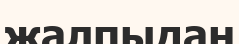
жалпыдан